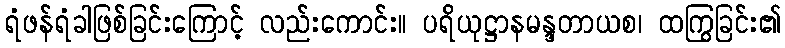
ရံဖန်ရံခါဖြစ်ခြင်းကြောင့် လည်းကောင်း။ ပရိယုဋ္ဌာနမန္ဒတာယစ၊ ထကြွခြင်း၏